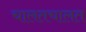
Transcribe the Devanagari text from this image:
चालतचालत